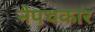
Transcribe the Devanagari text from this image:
नेपथकार